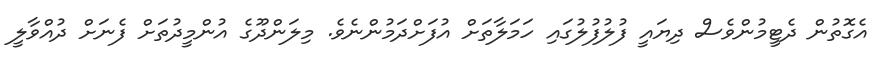
އެގޮތުން ދެޓީމުންވެސް ދިޔައީ ފުލުފުލުގައި ހަމަލާތަށް އުފަށްދަމުންނެވެ. މިލަންދޫގެ އުންމީދުތަށް ފެނަށް ދުއްވާލީ